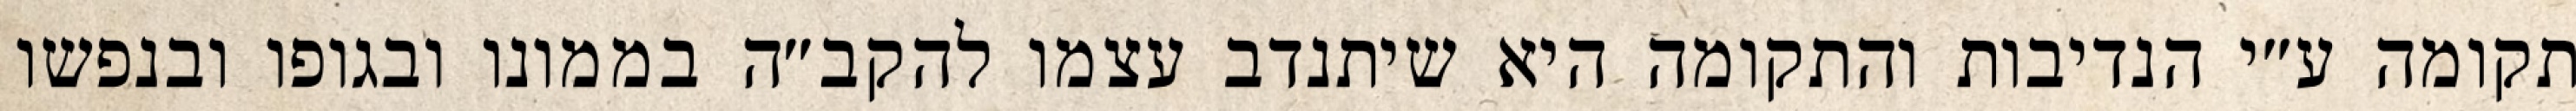
תקומה ע״י הנדיבות והתקומה היא שיתנדב עצמו להקב״ה בממונו ובגופו ובנפשו